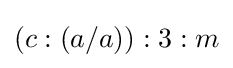
(c:(a/a)):3:m